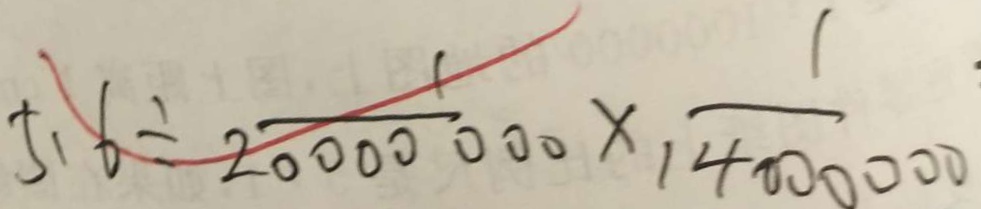
5 . 6 \div \frac { 1 } { 2 0 0 0 0 0 0 0 } \times \frac { 1 } { 1 4 0 0 0 0 0 0 }